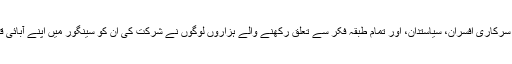
نماز جنازہ میں سابق وزیر سلیم خان، سابق ضلع ناظم مغفرت شاہ، سرکاری افسران، سیاستدان، اور تمام طبقہ فکر سے تعلق رکھنے والے ہزاروں لوگوں نے شرکت کی ان کو سینگور میں اپنے آبائی قبرستان میں ہزاروں اشکبار آنکھوں کے سامنے سپرد خاک کیا گیا۔